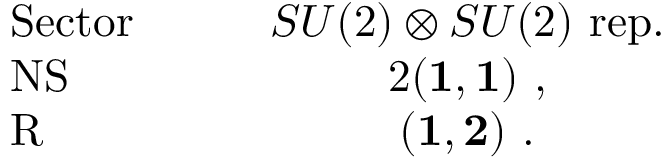
\begin{array} { l c } { { { \mathrm { S e c t o r } } \quad \quad } } & { { S U ( 2 ) \otimes S U ( 2 ) ~ { \mathrm { r e p . } } } } \\ { { { \mathrm { N S } } } } & { { 2 ( { \bf 1 } , { \bf 1 } ) ~ , } } \\ { { { \mathrm { R } } } } & { { ( { \bf 1 } , { \bf 2 } ) ~ . } } \end{array}